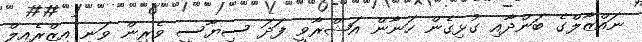
ނައްޒާލްގެ ބަންދާއި ގުޅިގެން ހަނާން އަޝްރާވީ ފަދަ ސިޔާސީ ވެރިން ވަނީ އިޒްރެއިލް